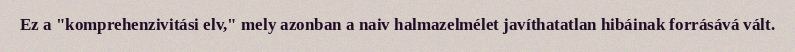
Ez a "komprehenzivitási elv," mely azonban a naiv halmazelmélet javíthatatlan hibáinak forrásává vált.